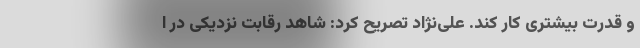
و قدرت بیشتری کار کند. علی‌نژاد تصریح کرد: شاهد رقابت نزدیکی در ا